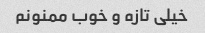
خیلی تازه و خوب ممنونم